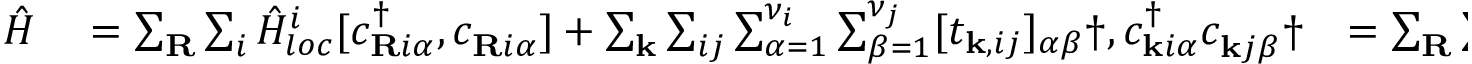
\begin{array} { r l r } { \hat { H } } & { { } = \sum _ { \mathbf { R } } \sum _ { i } \hat { H } _ { l o c } ^ { i } [ c _ { \mathbf { R } i \alpha } ^ { \dagger } , c _ { \mathbf { R } i \alpha } ^ { \phantom { \dagger } } ] + \sum _ { \mathbf { k } } \sum _ { i j } \sum _ { \alpha = 1 } ^ { \nu _ { i } } \sum _ { \beta = 1 } ^ { \nu _ { j } } [ t _ { \mathbf { k } , i j } ] _ { \alpha \beta } \dag , c _ { \mathbf { k } i \alpha } ^ { \dagger } c _ { \mathbf { k } j \beta } ^ { \phantom { \dagger } } \dag } & { = \sum _ { \mathbf { R } } \sum _ { i } \hat { H } _ { l o c } ^ { i } [ c _ { \mathbf { R } i \alpha } ^ { \dagger } , c _ { \mathbf { R } i \alpha } ^ { \phantom { \dagger } } ] + \sum _ { \mathbf { R } , \mathbf { R ^ { \prime } } } \sum _ { i j } \sum _ { \alpha = 1 } ^ { \nu _ { i } } \sum _ { \beta = 1 } ^ { \nu _ { j } } [ t _ { \mathbf { R } i , \mathbf { R ^ { \prime } } j } ] _ { \alpha \beta } \dag , c _ { \mathbf { R } i \alpha } ^ { \dagger } c _ { \mathbf { R ^ { \prime } } j \beta } ^ { \phantom { \dagger } } \dag , , } \end{array}